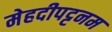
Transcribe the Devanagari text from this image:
मेहदीपट्टनम